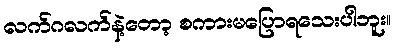
လက်ဂလက်နဲ့တော့ စကားမပြောရသေးပါဘူး။